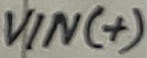
Text: VIN(+)